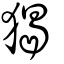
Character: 猲